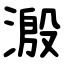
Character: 溵